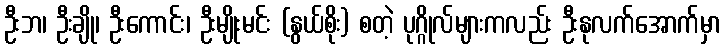
ဦးဘ၊ ဦးချို၊ ဦးကောင်း၊ ဦးမျိုးမင်း (နွယ်စိုး) စတဲ့ ပုဂ္ဂိုလ်များကလည်း ဦးနုလက်အောက်မှာ